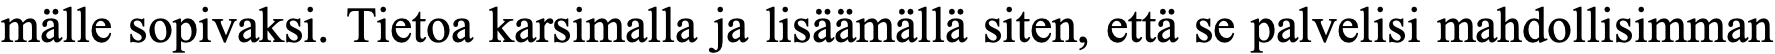
mälle sopivaksi. Tietoa karsimalla ja lisäämällä siten, että se palvelisi mahdollisimman